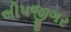
લીપજીગર